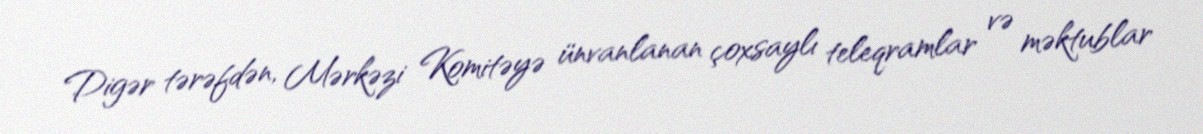
Digər tərəfdən, Mərkəzi Komitəyə ünvanlanan çoxsaylı teleqramlar və məktublar